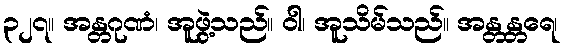
၃၂၇။ အန္တဂုဏံ၊ အူဖွဲ့သည်။ ဝါ၊ အူသိမ်သည်။ အန္တန္တရေ၊